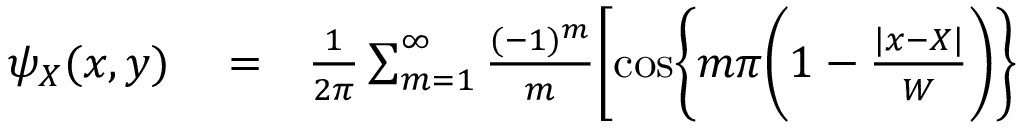
\begin{array} { r l r } { \psi _ { X } ( x , y ) } & { { } = } & { \frac { 1 } { 2 \pi } \sum _ { m = 1 } ^ { \infty } \frac { ( - 1 ) ^ { m } } { m } \biggl [ \cos \biggl \{ m \pi \biggl ( 1 - \frac { | x - X | } { W } \biggr ) \biggr \} } \end{array}